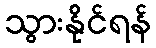
သွားနိုင်ရန်